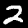
Label: 2